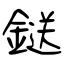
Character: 鎹